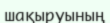
шақыруының